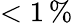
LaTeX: <1\, \%